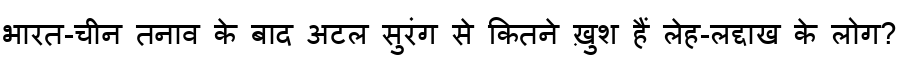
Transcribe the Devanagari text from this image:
भारत-चीन तनाव के बाद अटल सुरंग से कितने ख़ुश हैं लेह-लद्दाख के लोग?